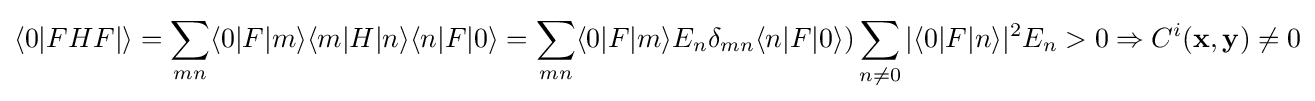
\langle 0|FHF|\rangle =\sum _{mn}\langle 0|F|m\rangle \langle m|H|n\rangle \langle n|F|0\rangle =\sum _{mn}\langle 0|F|m\rangle E_{n}\delta _{mn}\langle n|F|0\rangle )\sum _{n\neq 0}|\langle 0|F|n\rangle |^{2}E_{n}>0\Rightarrow C^{i}(\mathbf {x} ,\mathbf {y} )\neq 0